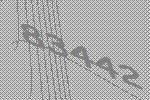
83442